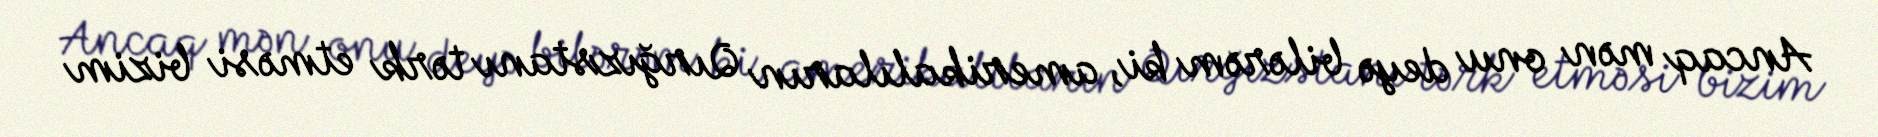
Ancaq mən onu deyə bilərəm ki, amerikalıların Qırğızstanı tərk etməsi bizim